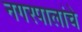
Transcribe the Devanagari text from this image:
नगरपालांचे